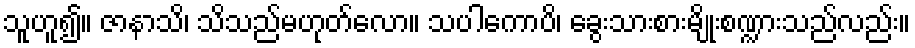
သူဟူ၍။ ဇာနာသိ၊ သိသည်မဟုတ်လော။ သပါကောပိ၊ ခွေးသားစားမျိုးစဏ္ဍားသည်လည်း။